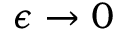
\epsilon \to 0